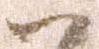
ハ